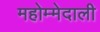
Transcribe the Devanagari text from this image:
महोम्मेदाली